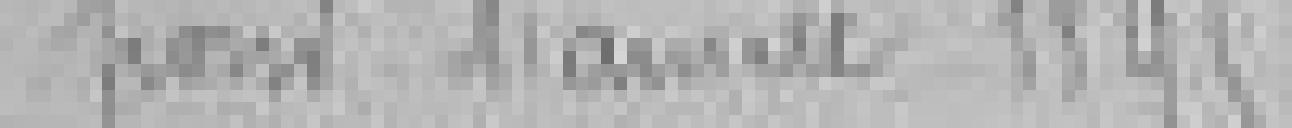
pour l'année 1895